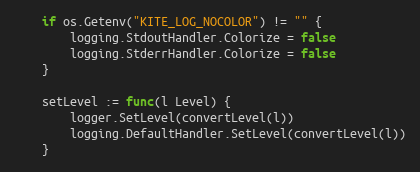
Language: Go
	if os.Getenv("KITE_LOG_NOCOLOR") != "" {
		logging.StdoutHandler.Colorize = false
		logging.StderrHandler.Colorize = false
	}

	setLevel := func(l Level) {
		logger.SetLevel(convertLevel(l))
		logging.DefaultHandler.SetLevel(convertLevel(l))
	}